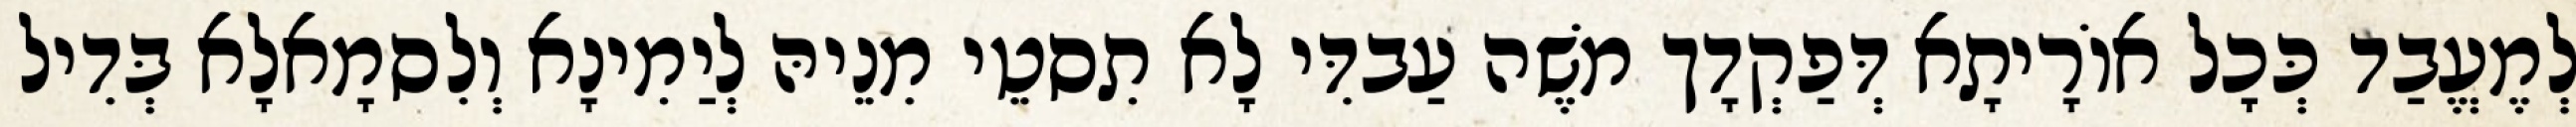
לְמֶעֱבַד כְּכָל אוֹרָיתָא דְּפַקְדָך מֹשֶׁה עַבדִּי לָא תִסטֵי מִנֵיהּ לְיַמִינָא וְלִסמָאלָא בְּדִיל